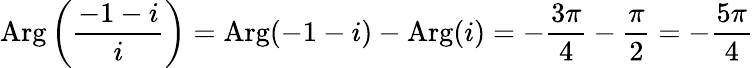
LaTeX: \operatorname{Arg}{\biggl(}{\frac{-1-i}{i}}{\biggr)}=\operatorname{Arg}(-1-i)-\operatorname{Arg}(i)=-{\frac{3\pi}{4}}-{\frac{\pi}{2}}=-{\frac{5\pi}{4}}